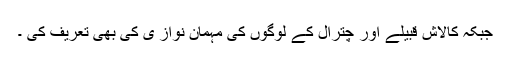
جبکہ کالاش قبیلے اور چترال کے لوگوں کی مہمان نواز ی کی بھی تعریف کی ۔